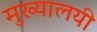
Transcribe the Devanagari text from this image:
मुख्यालयी